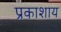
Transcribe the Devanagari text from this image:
प्रकाशाय